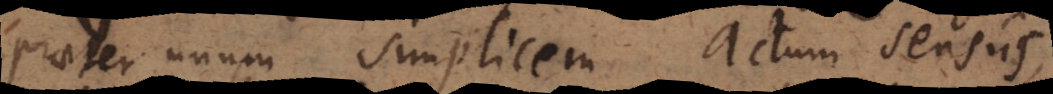
praeter unum simplicem actum sensus,